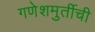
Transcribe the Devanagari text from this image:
गणेशमुर्तीची